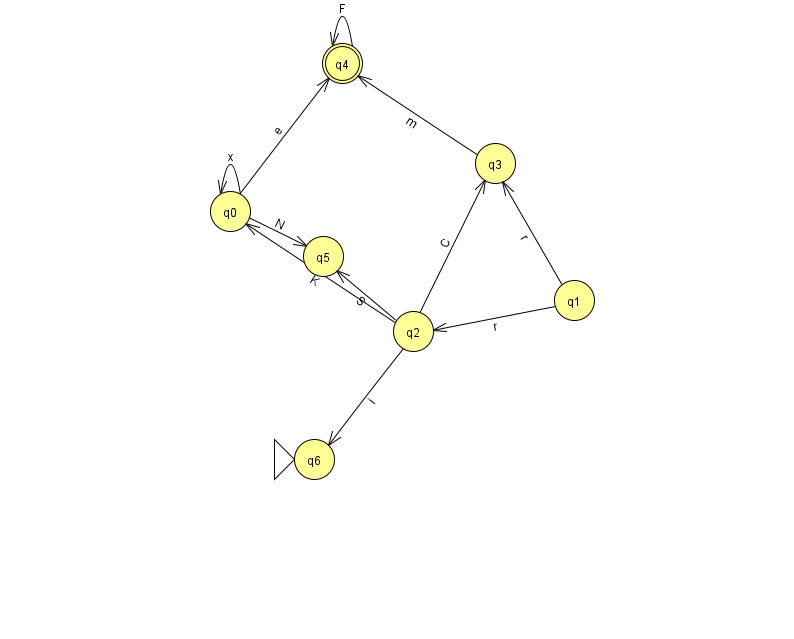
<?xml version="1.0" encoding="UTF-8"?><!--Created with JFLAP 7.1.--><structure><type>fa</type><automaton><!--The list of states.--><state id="0" name="q0"><x>230.0</x><y>198.0</y></state><state id="1" name="q1"><x>574.0</x><y>287.0</y></state><state id="2" name="q2"><x>413.0</x><y>318.0</y></state><state id="3" name="q3"><x>495.0</x><y>150.0</y></state><state id="4" name="q4"><x>342.0</x><y>50.0</y><final/></state><state id="5" name="q5"><x>323.0</x><y>243.0</y></state><state id="6" name="q6"><x>314.0</x><y>446.0</y><initial/></state><!--The list of transitions.--><transition><from>2</from><to>3</to><read>C</read></transition><transition><from>2</from><to>0</to><read>K</read></transition><transition><from>1</from><to>2</to><read>r</read></transition><transition><from>2</from><to>5</to><read>S</read></transition><transition><from>2</from><to>6</to><read>i</read></transition><transition><from>4</from><to>4</to><read>F</read></transition><transition><from>0</from><to>5</to><read>N</read></transition><transition><from>1</from><to>3</to><read>r</read></transition><transition><from>0</from><to>0</to><read>x</read></transition><transition><from>3</from><to>4</to><read>m</read></transition><transition><from>0</from><to>4</to><read>e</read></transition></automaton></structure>